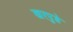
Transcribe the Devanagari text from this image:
खरपुडे